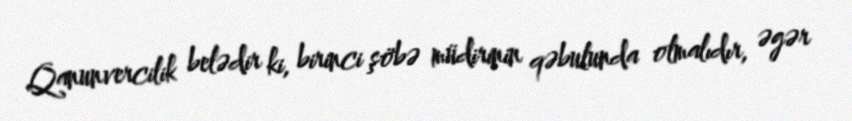
Qanunvercilik belədir ki, birinci şöbə müdirinin qəbulunda olmalıdır, əgər